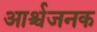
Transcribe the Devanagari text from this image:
आर्श्चजनक